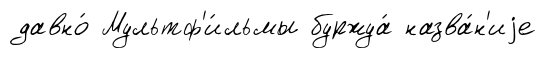
давно́ Мультф'и́льмы буржуа́ назва́н'иjе